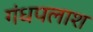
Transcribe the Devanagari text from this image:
गंधपलाश